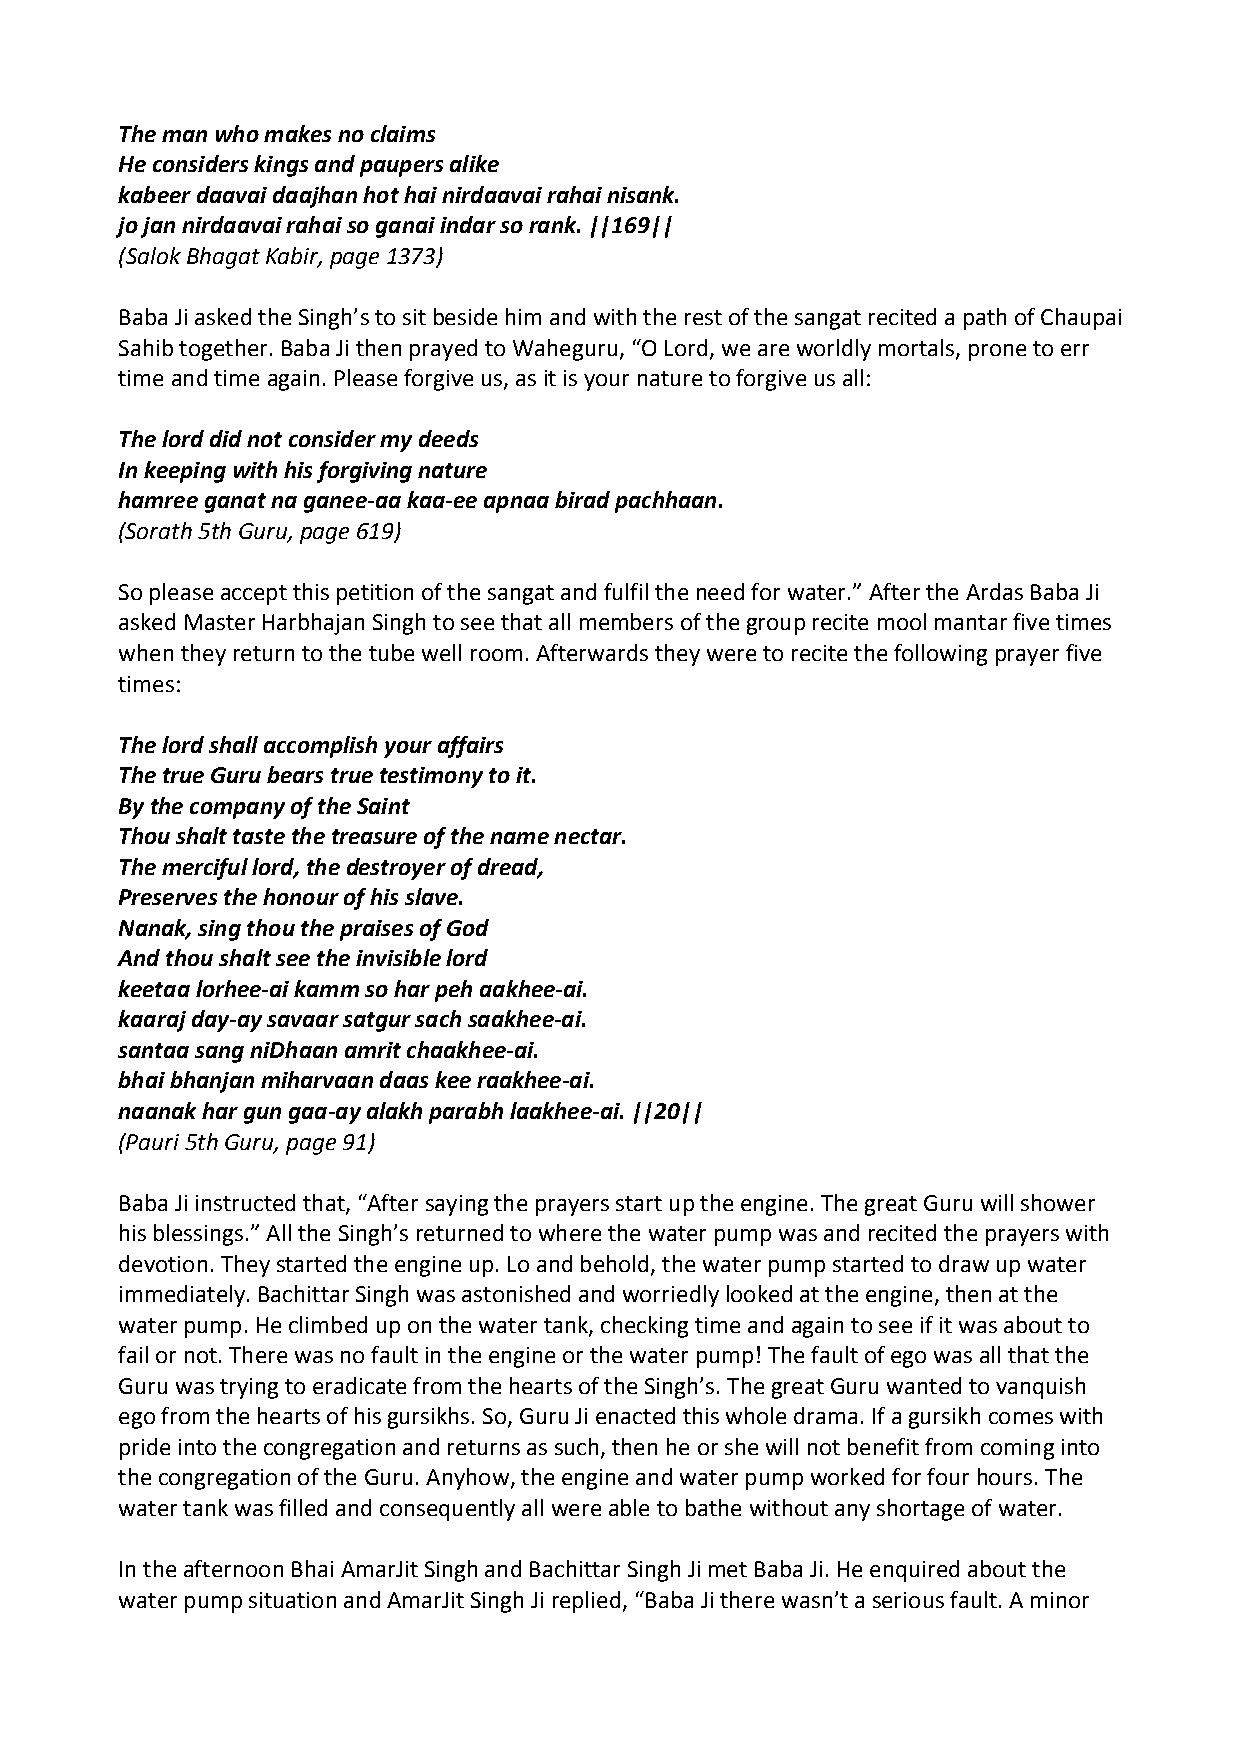
The man who makes no claims
 He considers kings and paupers alike
 kabeer daavai daajhan hot hai nirdaavai rahai nisank.
 jo jan nirdaavai rahai so ganai indar so rank. ||169||
 (Salok Bhagat Kabir, page 1373)
 Baba Ji asked the Singh’s to sit beside him and with the rest of the sangat recited a path of Chaupai
 Sahib together. Baba Ji then prayed to Waheguru, “O Lord, we are worldly mortals, prone to err
 time and time again. Please forgive us, as it is your nature to forgive us all:
 The lord did not consider my deeds
 In keeping with his forgiving nature
 hamree ganat na ganee‐aa kaa‐ee apnaa birad pachhaan.
 (Sorath 5th Guru, page 619)
 So please accept this petition of the sangat and fulfil the need for water.” After the Ardas Baba Ji
 asked Master Harbhajan Singh to see that all members of the group recite mool mantar five times
 when they return to the tube well room. Afterwards they were to recite the following prayer five
 times:
 The lord shall accomplish your affairs
 The true Guru bears true testimony to it.
 By the company of the Saint
 Thou shalt taste the treasure of the name nectar.
 The merciful lord, the destroyer of dread,
 Preserves the honour of his slave.
 Nanak, sing thou the praises of God
 And thou shalt see the invisible lord
 keetaa lorhee‐ai kamm so har peh aakhee‐ai.
 kaaraj day‐ay savaar satgur sach saakhee‐ai.
 santaa sang niDhaan amrit chaakhee‐ai.
 bhai bhanjan miharvaan daas kee raakhee‐ai.
 naanak har gun gaa‐ay alakh parabh laakhee‐ai. ||20||
 (Pauri 5th Guru, page 91)
 Baba Ji instructed that, “After saying the prayers start up the engine. The great Guru will shower
 his blessings.” All the Singh’s returned to where the water pump was and recited the prayers with
 devotion. They started the engine up. Lo and behold, the water pump started to draw up water
 immediately. Bachittar Singh was astonished and worriedly looked at the engine, then at the
 water pump. He climbed up on the water tank, checking time and again to see if it was about to
 fail or not. There was no fault in the engine or the water pump! The fault of ego was all that the
 Guru was trying to eradicate from the hearts of the Singh’s. The great Guru wanted to vanquish
 ego from the hearts of his gursikhs. So, Guru Ji enacted this whole drama. If a gursikh comes with
 pride into the congregation and returns as such, then he or she will not benefit from coming into
 the congregation of the Guru. Anyhow, the engine and water pump worked for four hours. The
 water tank was filled and consequently all were able to bathe without any shortage of water.
 In the afternoon Bhai AmarJit Singh and Bachittar Singh Ji met Baba Ji. He enquired about the
 water pump situation and AmarJit Singh Ji replied, “Baba Ji there wasn’t a serious fault. A minor